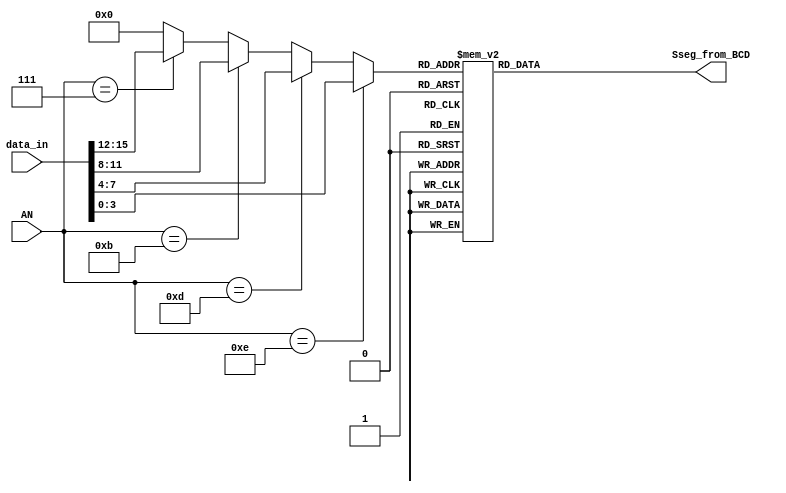
`timescale 1ns / 1ps
//////////////////////////////////////////////////////////////////////////////////
// Company: 
// 
// Design Name: 
// Module Name:    keyboard_to_Sseg 
// Project Name: 
// Target Devices: 
// Tool versions: 
// Description: 
//
// Dependencies: 
//
// Revision: 
// Revision 0.01 - File Created
// Additional Comments: 
//
//////////////////////////////////////////////////////////////////////////////////
module keyboard_to_Sseg(
	input wire [15:0] data_in,
	input wire [3:0] AN,
   output reg [7:0] Sseg_from_BCD
    );
	 
	
	 reg [3:0] digit;
	 
	 always@(data_in,AN) begin
		if (AN == 4'hE )
		   digit = data_in[3:0];
		else if (AN == 4'hD)
		   digit = data_in[7:4];
		else if (AN == 4'hB)
		   digit = data_in[11:8];
		else if (AN == 4'h7)
		   digit = data_in[15:12];
		else
			digit = 4'h0;    // default case in case structure
	 end
	
	 always@(digit) begin
			case (digit)
				
				4'h0 : Sseg_from_BCD = 8'h03; //0
            4'h1 : Sseg_from_BCD = 8'h9F; //1
            4'h2 : Sseg_from_BCD = 8'h25; //2
            4'h3 : Sseg_from_BCD = 8'h0D; //3
            4'h4 : Sseg_from_BCD = 8'h99; //4
            4'h5 : Sseg_from_BCD = 8'h49; //5
            4'h6 : Sseg_from_BCD = 8'h41; //6
            4'h7 : Sseg_from_BCD = 8'h1F; //7
            4'h8 : Sseg_from_BCD = 8'h01; //8
            4'h9 : Sseg_from_BCD = 8'h19; //9
				4'hA : Sseg_from_BCD = 8'h11; //10
				4'hB : Sseg_from_BCD = 8'hC1; //11
				4'hC : Sseg_from_BCD = 8'h63; //12
				4'hD : Sseg_from_BCD = 8'h85; //13
				4'hE : Sseg_from_BCD = 8'h61; //14
				4'hF : Sseg_from_BCD = 8'h71; //15
					default : Sseg_from_BCD = 8'hFF;
			endcase
	 end
	 
	

	



endmodule